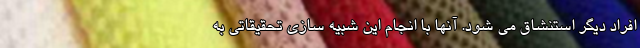
افراد دیگر استنشاق می شود. آنها با انجام این شبیه سازی تحقیقاتی به